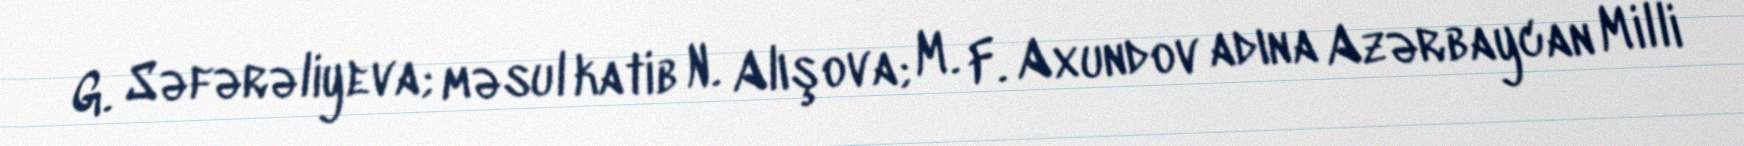
G. Səfərəliyeva; məsul katib N. Alışova; M. F. Axundov adına Azərbaycan Milli